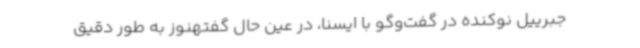
جبرییل نوکنده در گفت‌وگو با ایسنا، در عین حال گفتهنوز به طور دقیق